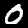
Label: 0